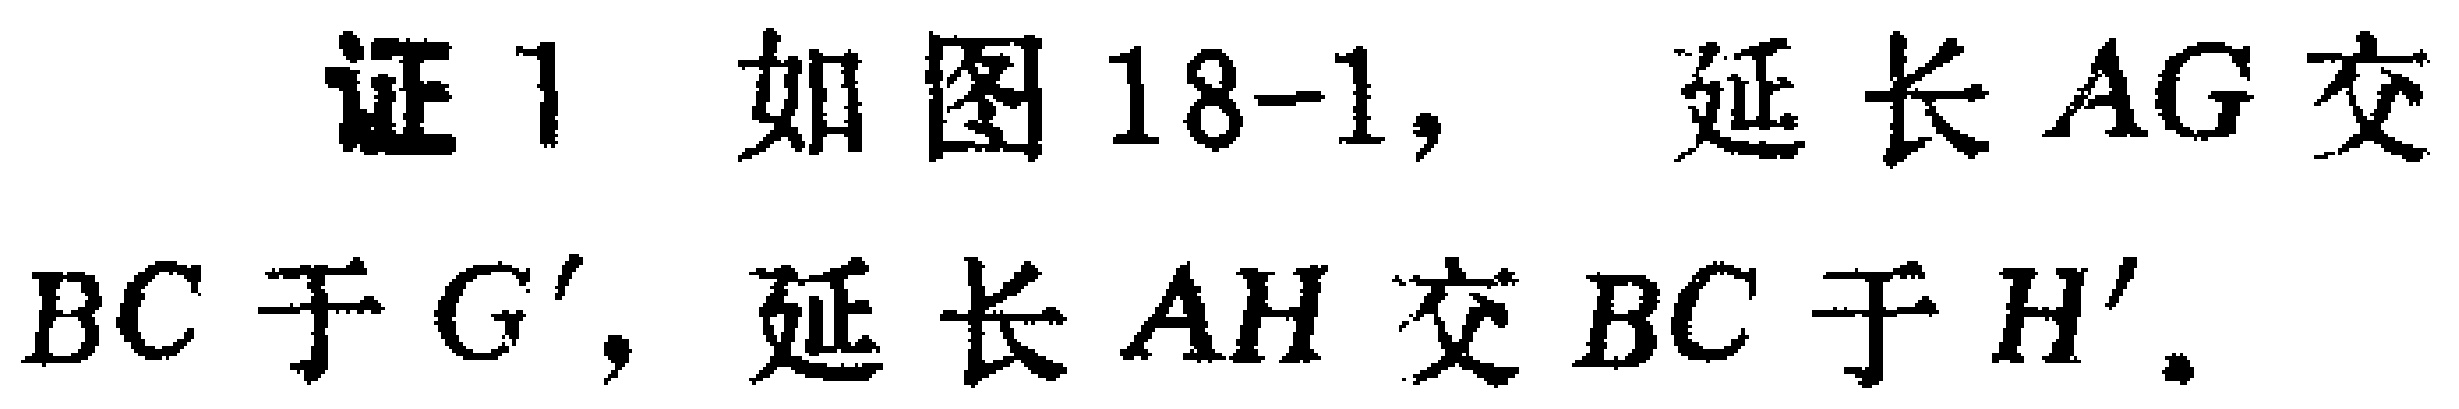
证1. 如图18-1, 延长 \(AG\) 交 \(BC\) 于 \(G'\), 延长 \(AH\) 交 \(BC\) 于 \(H'\).